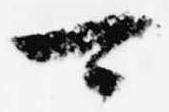
可